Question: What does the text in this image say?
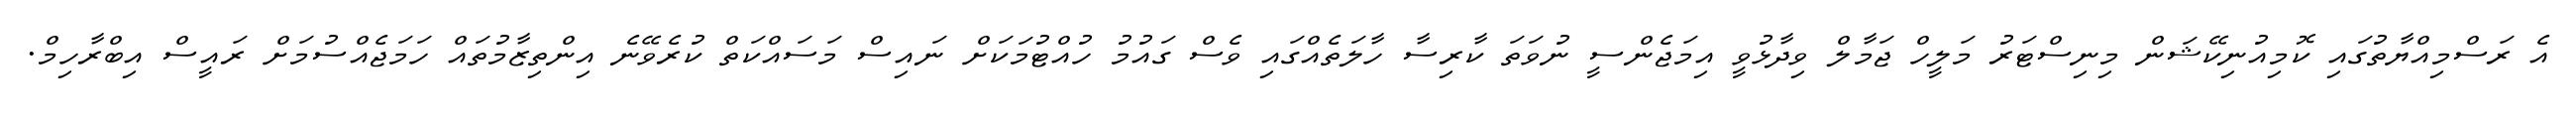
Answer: އެ ރަސްމިއްޔާތުގައި ކޮމިއުނިކޭޝަން މިނިސްޓަރު މަލީހް ޖަމާލް ވިދާޅުވީ އިމަޖެންސީ ނުވަތަ ކާރިސާ ހާލަތެއްގައި ވެސް ގައުމު ހުއްޓުމަކަށް ނައިސް މަސައްކަތް ކުރެވޭނެ އިންތިޒާމުތައް ހަމަޖެއްސުމަށް ރައީސް އިބްރާހިމް.